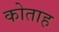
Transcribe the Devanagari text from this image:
कोताह